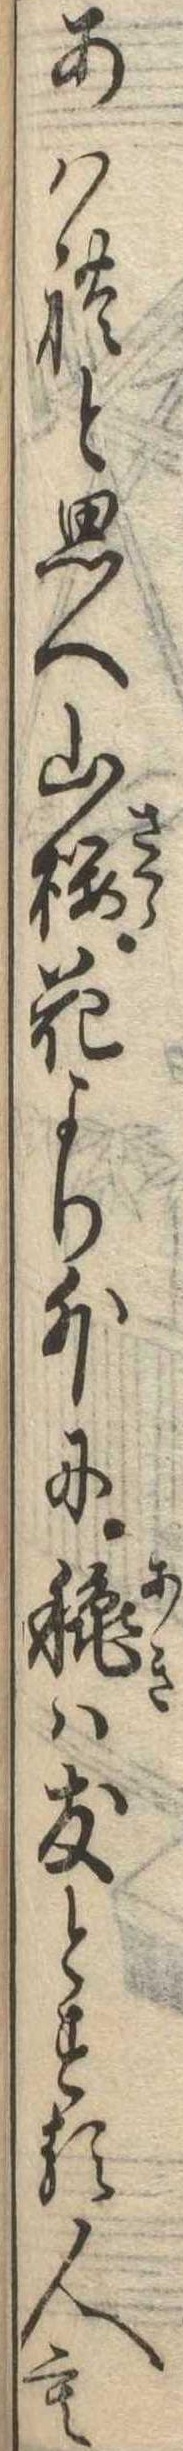
あはれと思へ山桜花より外に秋は友とする人も